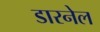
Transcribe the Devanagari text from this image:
डारनेल